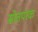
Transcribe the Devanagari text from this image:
स्रोतपरक